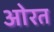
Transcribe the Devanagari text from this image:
ओरत